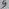
Text: 9